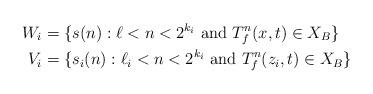
LaTeX: \begin{align*}W_i &= \{ s(n) : \ell < n < 2^{k_i} \textup{ and } T_f^n(x,t) \in X_B \} \\V_i &= \{ s_i(n) : \ell_i < n < 2^{k_i} \textup{ and } T_f^n(z_i,t) \in X_B \}\end{align*}